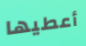
أعطيها